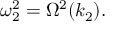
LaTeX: \omega _ { 2 } ^ { 2 } = \Omega ^ { 2 } ( k _ { 2 } ) .